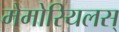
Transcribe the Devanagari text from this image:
मेमोरियलस्